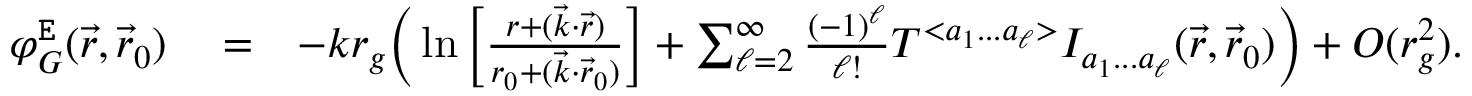
\begin{array} { r l r } { \varphi _ { G } ^ { \tt E } ( \vec { r } , \vec { r } _ { 0 } ) } & { { } = } & { - k r _ { g } \Big ( \ln \Big [ \frac { r + ( \vec { k } \cdot \vec { r } ) } { r _ { 0 } + ( \vec { k } \cdot \vec { r } _ { 0 } ) } \Big ] + \sum _ { \ell = 2 } ^ { \infty } \frac { ( - 1 ) ^ { \ell } } { \ell ! } { \cal T } ^ { < a _ { 1 } . . . a _ { \ell } > } { \cal I } _ { a _ { 1 } . . . a _ { \ell } } ( \vec { r } , \vec { r } _ { 0 } ) \Big ) + { \cal O } ( r _ { g } ^ { 2 } ) . } \end{array}